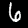
Digit: 6